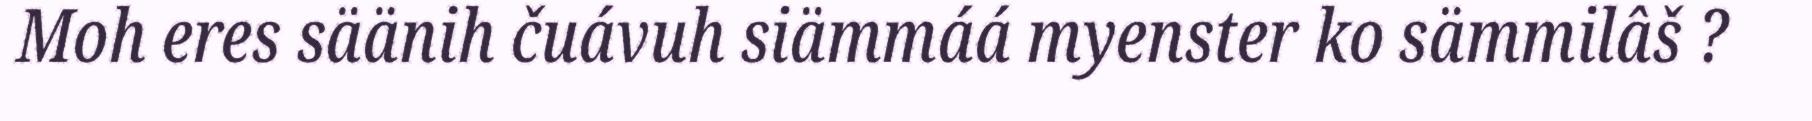
Moh eres säänih čuávuh siämmáá myenster ko sämmilâš ?